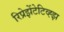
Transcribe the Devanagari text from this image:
रिप्रेझेंटेटिव्ह्झ